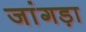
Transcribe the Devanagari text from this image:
जांगड़ा